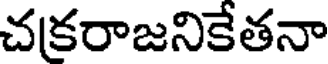
చకరాజనికేతనా